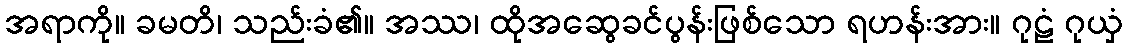
အရာကို။ ခမတိ၊ သည်းခံ၏။ အဿ၊ ထိုအဆွေခင်ပွန်းဖြစ်သော ရဟန်းအား။ ဂုဠံ ဂုယှံ